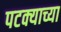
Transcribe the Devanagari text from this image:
पटक्याच्या